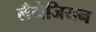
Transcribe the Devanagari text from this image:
लँग्रेजियन